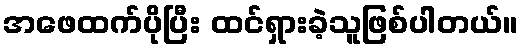
အဖေထက်ပိုပြီး ထင်ရှားခဲ့သူဖြစ်ပါတယ်။